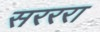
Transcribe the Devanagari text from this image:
सरररा